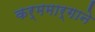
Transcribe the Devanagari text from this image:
कर्ममार्गाने